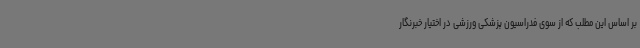
بر اساس این مطلب که از سوی فدراسیون پزشکی ورزشی در اختیار خبرنگار